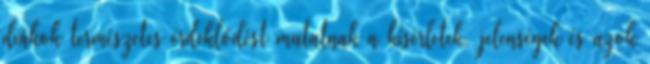
diákok természetes érdeklődést mutatnak a kísérletek, jelenségek és azok